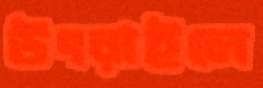
উৎরাইলে